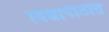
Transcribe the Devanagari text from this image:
विद्यापीठीत